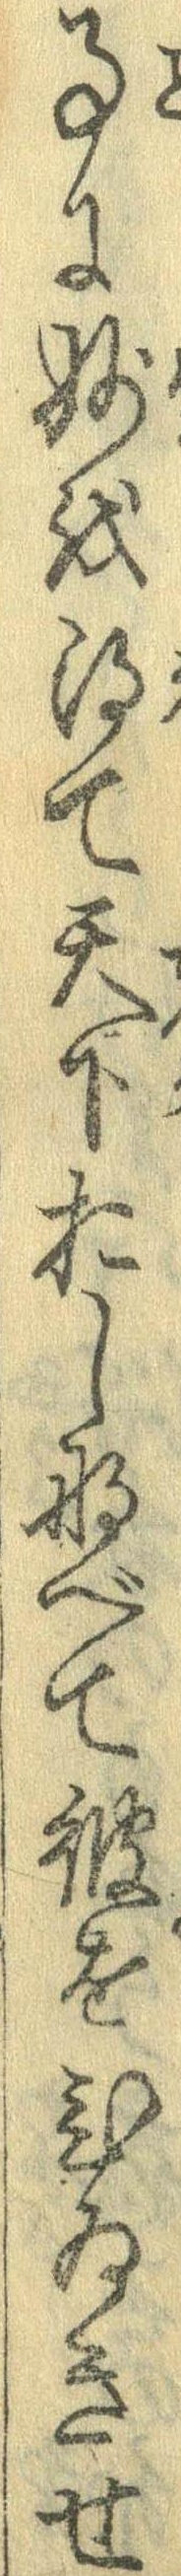
事に妙を得て天下おしなべて彼をひゐきせ